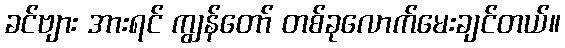
ခင်ဗျား အားရင် ကျွန်တော် တစ်ခုလောက်မေးချင်တယ်။